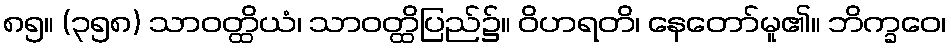
၈၅။ (၃၅၈) သာဝတ္ထိယံ၊ သာဝတ္ထိပြည်၌။ ဝိဟရတိ၊ နေတော်မူ၏။ ဘိက္ခဝေ၊